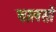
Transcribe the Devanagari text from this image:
चालसों